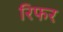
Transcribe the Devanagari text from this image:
रिफर